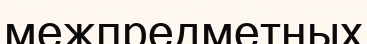
межпредметных